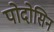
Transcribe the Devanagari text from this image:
पोदोसिन